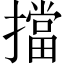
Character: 擋